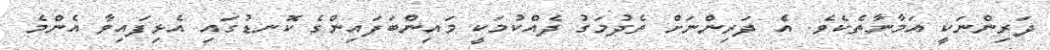
ދަރިންނަކީ އަމާނާތެކެވެ. އެ ދަރިންނަށް ތެދުމަގު ދެއްކުމަކީ މައިންބަފައިންގެ ކޮނޑުގައި އެޅިފައިވާ އެންމެ